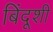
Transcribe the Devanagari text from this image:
बिंदूशी